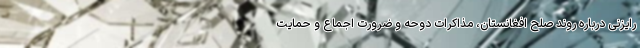
رایزنی درباره روند صلح افغانستان، مذاکرات دوحه و ضرورت اجماع و حمایت